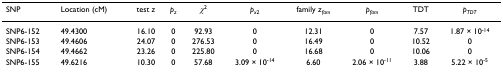
| SNP | Location (cM) | test z | pz | χ2 | px2 | family zfam | pfam | TDT | pTDT |
 | --- | --- | --- | --- | --- | --- | --- | --- | --- | --- |
 | SNP6-152 | 49.4300 | 16.10 | 0 | 92.93 | 0 | 12.31 | 0 | 7.57 | 1.87 × 10-14 |
 | SNP6-153 | 49.4606 | 24.07 | 0 | 276.53 | 0 | 16.49 | 0 | 10.52 | 0 |
 | SNP6-154 | 49.4662 | 23.26 | 0 | 225.80 | 0 | 16.68 | 0 | 10.06 | 0 |
 | SNP6-155 | 49.6216 | 10.30 | 0 | 57.68 | 3.09 × 10-14 | 6.60 | 2.06 × 10-11 | 3.88 | 5.22 × 10-5 |